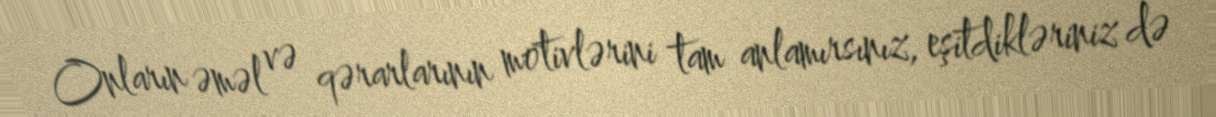
Onların əməl və qərarlarının motivlərini tam anlamırsınız, eşitdikləriniz də